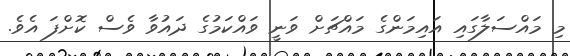
މި މައްސަލާގައި އައިމަންގެ މައްޗަށް ވަނީ ވައްކަމުގެ ދައުވާ ވެސް ކޮށްފަ އެވެ.